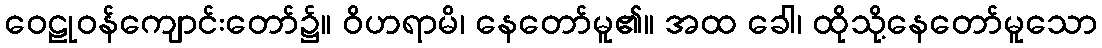
ဝေဠုဝန်ကျောင်းတော်၌။ ဝိဟရာမိ၊ နေတော်မူ၏။ အထ ခေါ၊ ထိုသို့နေတော်မူသော